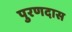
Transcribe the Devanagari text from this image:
पुरणदास